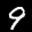
Label: 9